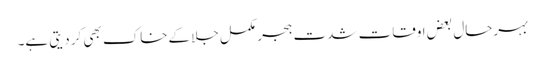
بہرحال بعض اوقات شدت ہجر مکمل جلا کےخاک بھی کر دیتی ہے۔